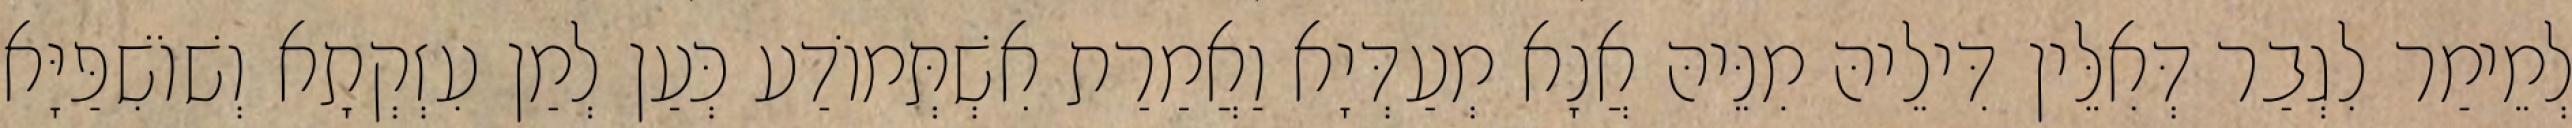
לְמֵימַר לִגְבַר דְּאִלֵּין דִּילֵיהּ מִנֵּיהּ אֲנָא מְעַדְּיָא וַאֲמַרַת אִשְׁתְּמוֹדַע כְּעַן לְמַן עִזְקְתָא וְשׁוֹשִׁפַּיָּא